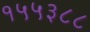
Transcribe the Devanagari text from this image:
१५५३८८